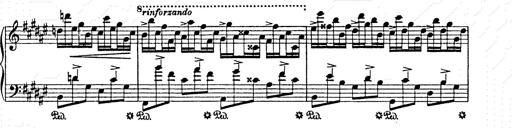
Title: AnnÃ©es de pÃ¨lerinage II
Composer: Franz Liszt